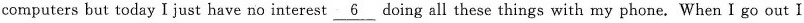
computers but today I just have no interest \underline{6} doing all these things with my phone. When I go out I